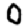
Digit: 0